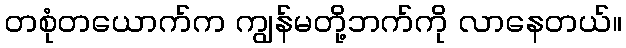
တစုံတယောက်က ကျွန်မတို့ဘက်ကို လာနေတယ်။